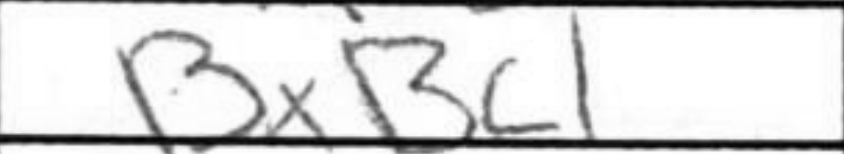
Transcription: BxBc1